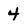
Character: 4